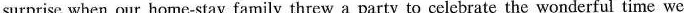
surprise when our home-stay family threw a party to celebrate the wonderful time we